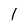
Character: 1